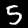
Digit: 5